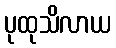
ပုထုသိလာယ